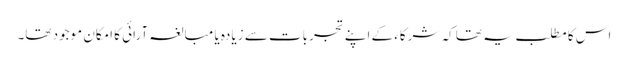
اس کا مطلب یہ تھا کہ شرکاء کے اپنے تجربات سے زیادہ یا مبالغہ آرائی کا امکان موجود تھا۔